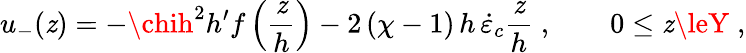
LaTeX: u_{-}(\mathit{z})=-\chih^{2}h^{\prime}f\left(\frac{{\mathit{z}}}{{h}}\right)-2\, (\chi-1)\, h\, \dot{{\varepsilon}}_{c}\frac{{\mathit{z}}}{{h}}\; ,\qquad0\le\mathit{z}\leY\; ,